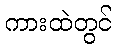
ကားထဲတွင်